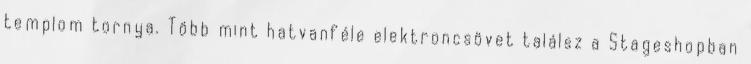
templom tornya. Több mint hatvanféle elektroncsövet találsz a Stageshopban